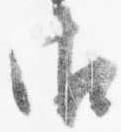
御